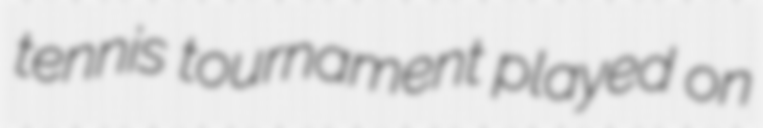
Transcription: tennis tournament played on